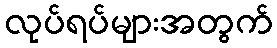
လုပ်ရပ်များအတွက်